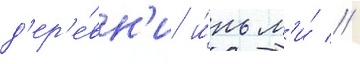
д'ер'е́вн'и и́нь л'и́ //